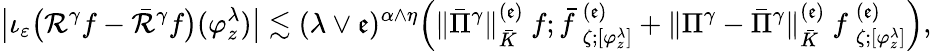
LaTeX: \bigl|\iota_{\varepsilon}\bigl(\mathcal{R}^{\gamma}f-\bar{\mathcal{R}}^{\gamma}f\bigr)(\varphi_{z}^{\lambda})\bigr|\lesssim(\lambda\vee\mathfrak{e})^{\alpha\wedge\eta}\Big(\Vert\bar{\Pi}^{\gamma}\Vert_{\bar{K}}^{(\mathfrak{e})}\ f;\bar{f}\ _{\zeta;[\varphi_{z}^{\lambda}]}^{(\mathfrak{e})}+\Vert\Pi^{\gamma}-\bar{\Pi}^{\gamma}\Vert_{\bar{K}}^{(\mathfrak{e})}\ f\ _{\zeta;[\varphi_{z}^{\lambda}]}^{(\mathfrak{e})}\Big),